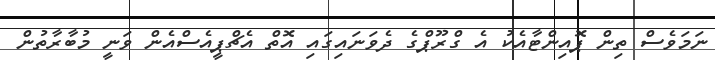
ނަމަވެސް ތިން ޕޮއިންޓާއެކު އެ ގްރޫޕްގެ ދެވަނައިގައި އޮތް އެޗްޕީއެސްއެން ވަނީ މުބާރާތުން